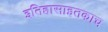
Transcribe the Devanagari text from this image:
इतिहासाइतकाच